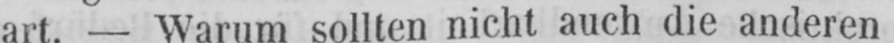
art. - Warum sollten nicht auch die anderen